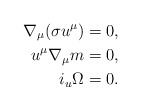
\begin{align*} \nabla_\mu(\sigma u^\mu)&=0,\\ u^\mu\nabla_\mu m&=0,\\ i_u\Omega&=0.\end{align*}